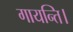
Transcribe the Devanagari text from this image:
गायन्ति।